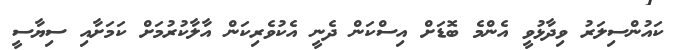
ކައުންސިލަރު ވިދާޅުވީ އެންމެ ބޮޑަށް އިސްކަން ދެނީ އެކުވެރިކަން އާލާކުރުމަށް ކަމަށާއި ސިޔާސީ